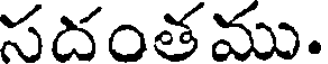
సదంతము.